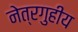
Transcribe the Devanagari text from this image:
नेत्रगुहीय